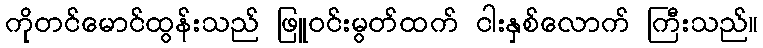
ကိုတင်မောင်ထွန်းသည် ဖြူဝင်းမွတ်ထက် ငါးနှစ်လောက် ကြီးသည်။